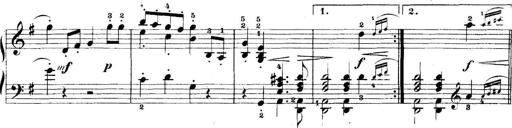
Title: 5 Sonatinas
Composer: Theodor Kirchner